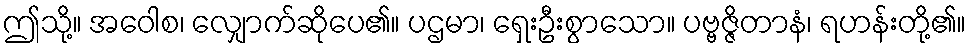
ဤသို့။ အဝေါစ၊ လျှောက်ဆိုပေ၏။ ပဌမာ၊ ရှေးဦးစွာသော။ ပဗ္ဗဇ္ဇိတာနံ၊ ရဟန်းတို့၏။